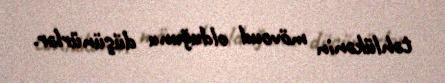
təhlükənin mövcud olduğunu düşünürlər.